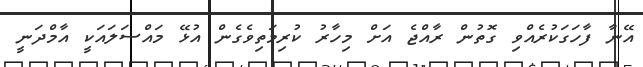
އޭނާ ފާހަގަކުރެއްވި ގޮތުން ރާއްޖެ އަށް މިހާރު ކުރިމަތިވެގެން އުޅޭ މައްސަލައަކީ އާމްދަނީ